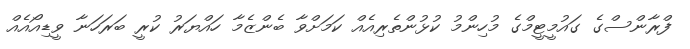
ފްރާންސްގެ ގައުމީޓީމްގެ މުހިންމު ކުޅުންތެރިއެއް ކަމަށްވާ ބެންޒެމާ ހައްޔަރު ކުރީ ބަރަހަނާ ވީޑިއޯއެއް